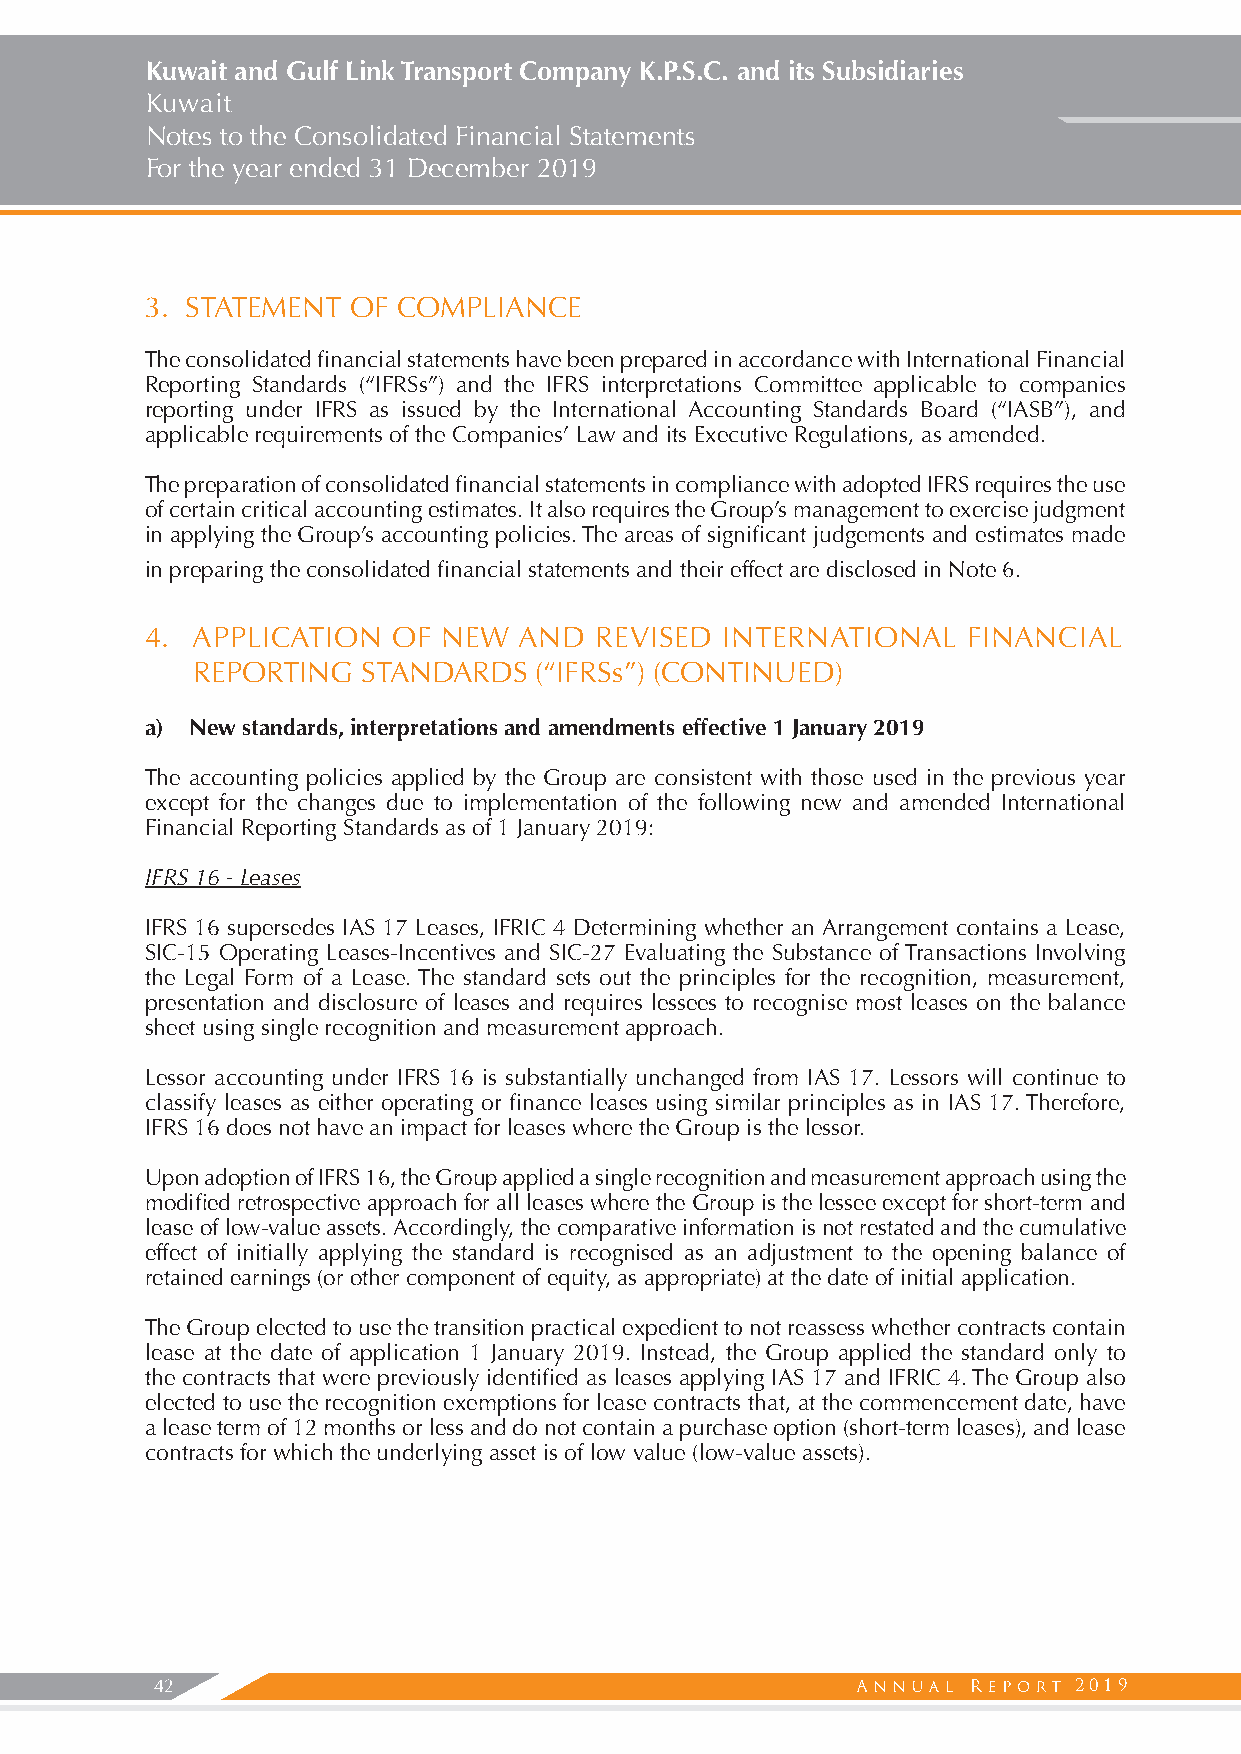
Kuwait and Gulf Link Transport Company K.P.S.C. and its Subsidiaries
 Kuwait
 Notes to the Consolidated Financial Statements
 For the year ended 31 December 2019
 3. STATEMENT OF COMPLIANCE
 The consolidated financial statements have been prepared in accordance with International Financial
 Reporting Standards (“IFRSs”) and the IFRS interpretations Committee applicable to companies
 reporting under IFRS as issued by the International Accounting Standards Board (“IASB”), and
 applicable requirements of the Companies’ Law and its Executive Regulations, as amended.
 The preparation of consolidated financial statements in compliance with adopted IFRS requires the use
 of certain critical accounting estimates. It also requires the Group’s management to exercise judgment
 in applying the Group’s accounting policies. The areas of significant judgements and estimates made
 in preparing the consolidated financial statements and their effect are disclosed in Note 6.
 4. APPLICATION  OF NEW  AND  REVISED  INTERNATIONAL   FINANCIAL
 REPORTING  STANDARDS  (“IFRSs”) (CONTINUED)
 a) New standards, interpretations and amendments effective 1 January 2019
 The accounting policies applied by the Group are consistent with those used in the previous year
 except for the changes due to implementation of the following new and amended International
 Financial Reporting Standards as of 1 January 2019:
 IFRS 16 - Leases
 IFRS 16 supersedes IAS 17 Leases, IFRIC 4 Determining whether an Arrangement contains a Lease,
 SIC-15 Operating Leases-Incentives and SIC-27 Evaluating the Substance of Transactions Involving
 the Legal Form of a Lease. The standard sets out the principles for the recognition, measurement,
 presentation and disclosure of leases and requires lessees to recognise most leases on the balance
 sheet using single recognition and measurement approach.
 Lessor accounting under IFRS 16 is substantially unchanged from IAS 17. Lessors will continue to
 classify leases as either operating or finance leases using similar principles as in IAS 17. Therefore,
 IFRS 16 does not have an impact for leases where the Group is the lessor.
 Upon adoption of IFRS 16, the Group applied a single recognition and measurement approach using the
 modified retrospective approach for all leases where the Group is the lessee except for short-term and
 lease of low-value assets. Accordingly, the comparative information is not restated and the cumulative
 effect of initially applying the standard is recognised as an adjustment to the opening balance of
 retained earnings (or other component of equity, as appropriate) at the date of initial application.
 The Group elected to use the transition practical expedient to not reassess whether contracts contain
 lease at the date of application 1 January 2019. Instead, the Group applied the standard only to
 the contracts that were previously identified as leases applying IAS 17 and IFRIC 4. The Group also
 elected to use the recognition exemptions for lease contracts that, at the commencement date, have
 a lease term of 12 months or less and do not contain a purchase option (short-term leases), and lease
 contracts for which the underlying asset is of low value (low-value assets).
 42                                                           2019